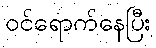
ဝင်ရောက်နေပြီး